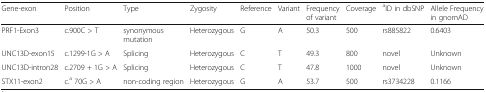
<table><thead><tr><td><b>Gene-exon</b></td><td><b>Position</b></td><td><b>Type</b></td><td><b>Zygosity</b></td><td><b>Reference</b></td><td><b>Variant</b></td><td><b>Frequency of variant</b></td><td><b>Coverage</b></td><td><b><sup>a</sup>ID in dbSNP</b></td><td><b>Allele Frequency in gnomAD</b></td></tr></thead><tbody><tr><td>PRF1-Exon3</td><td>c.900C &gt; T</td><td>synonymous mutation</td><td>Heterozygous</td><td>G</td><td>A</td><td>50.3</td><td>500</td><td>rs885822</td><td>0.6403</td></tr><tr><td>UNC13D-exon15</td><td>c.1299-1G &gt; A</td><td>Splicing</td><td>Heterozygous</td><td>C</td><td>T</td><td>49.3</td><td>800</td><td>novel</td><td>Unknown</td></tr><tr><td>UNC13D-intron28</td><td>c.2709 + 1G &gt; A</td><td>Splicing</td><td>Heterozygous</td><td>C</td><td>T</td><td>47.8</td><td>1000</td><td>novel</td><td>Unknown</td></tr><tr><td>STX11-exon2</td><td>c.<sup>a</sup> 70G &gt; A</td><td>non-coding region</td><td>Heterozygous</td><td>G</td><td>A</td><td>53.7</td><td>500</td><td>rs3734228</td><td>0.1166</td></tr></tbody></table>